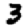
Digit: 3